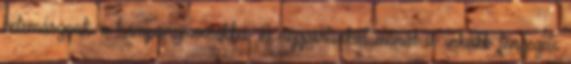
belemásznak a kampánymocsokba. A néppártiakat annál is inkább fenyegeti